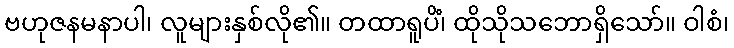
ဗဟုဇနမနာပါ၊ လူများနှစ်လို၏။ တထာရူပိံ၊ ထိုသိုသဘောရှိသော်။ ဝါစံ၊